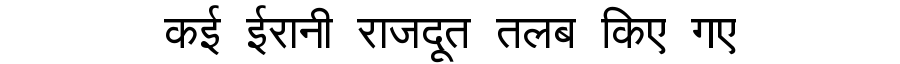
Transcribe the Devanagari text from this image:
कई ईरानी राजदूत तलब किए गए